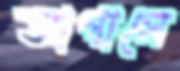
আগালে